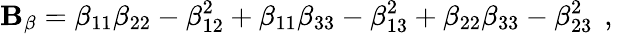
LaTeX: {\mathbf{B}_{\beta}=\beta_{11}\beta_{22}-\beta_{12}^{2}+\beta_{11}\beta_{33}-\beta_{13}^{2}+\beta_{22}\beta_{33}-\beta_{23}^{2}\, \mathrm{{~,~}}}